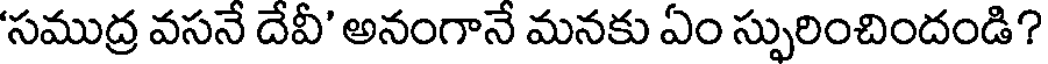
'సముద్ర వసనే దేవీ' అనంగానే మనకు ఏం స్పురించిందండి?